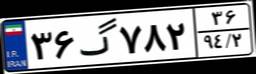
۳۶گ۷۸۲۳۶